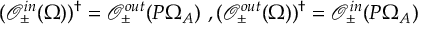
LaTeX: ( \mathcal { O } _ { \pm } ^ { i n } ( \Omega ) ) ^ { \dag } = \mathcal { O } _ { \pm } ^ { o u t } ( P \Omega _ { A } ) \ , ( \mathcal { O } _ { \pm } ^ { o u t } ( \Omega ) ) ^ { \dag } = \mathcal { O } _ { \pm } ^ { i n } ( P \Omega _ { A } )